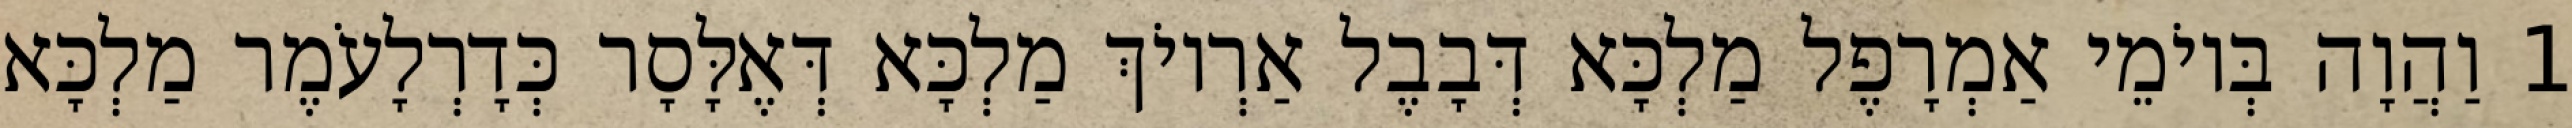
1 וַהֲוָה בְּיוֹמֵי אַמְרָפֶל מַלְכָּא דְּבָבֶל אַרְיוֹךְ מַלְכָּא דְּאֶלָּסָר כְּדָרְלָעֹמֶר מַלְכָּא